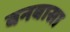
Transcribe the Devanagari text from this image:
वनबासा